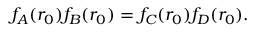
f _ { A } ( r _ { 0 } ) f _ { B } ( r _ { 0 } ) = f _ { C } ( r _ { 0 } ) f _ { D } ( r _ { 0 } ) .